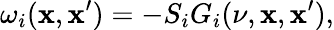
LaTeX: \omega_{i}(\mathbf{x},\mathbf{x}^{\prime})=-S_{i}G_{i}(\nu,\mathbf{x},\mathbf{x}^{\prime}),